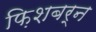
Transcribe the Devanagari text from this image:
फ़िशबर्न